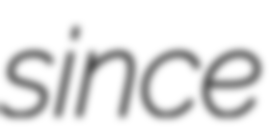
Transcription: since